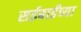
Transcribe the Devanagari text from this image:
सईबाईंच्या